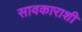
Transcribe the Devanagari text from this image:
सावकाराशी